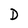
Character: D